Medical and sanitary report of the native army of Bengal for the year
Year: 1877
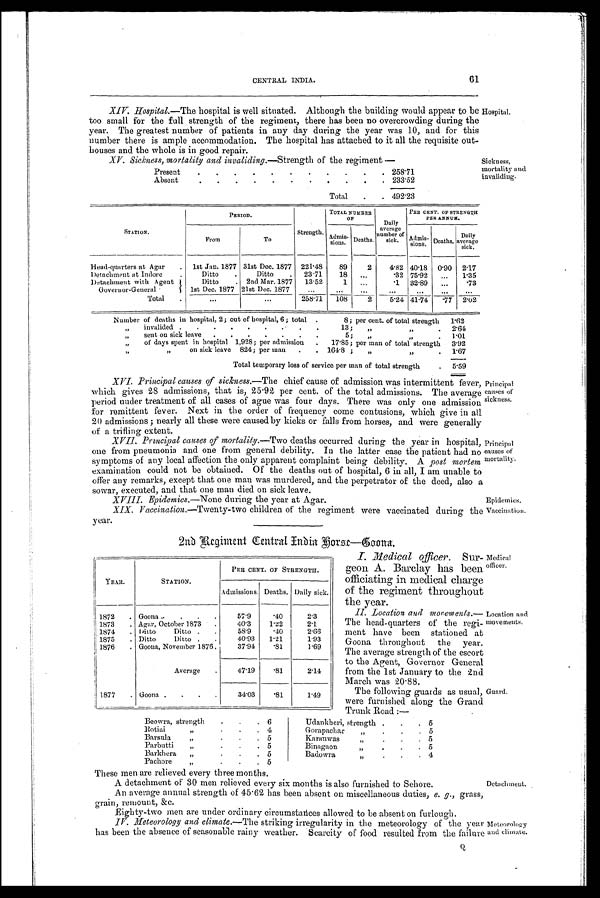
61
CENTRAL INDIA.
XIV.Hospital.— The hospital is well situated. Although the building would appear to be
too small for the full strength of the regiment, there has been no overcrowding during the
year. The greatest number of patients in any day during the year was 10, and for this
number there is ample accommodation. The hospital has attached to it all the requisite out-
houses and the whole is in good repair.
Hospital.
XV. Sickness, mortality and invaliding.—Strength of the regiment
Present
.
.
.
.
.
.
.
.
.
.
.
258.71
Absent
.
.
.
.
.
.
.
.
. .
.
233.52
Total
.
. 492.23
Sickness,
mortality
invaliding.
STATION.
PERIOD.
Strength.
TOTAL NUMBER
OF
Daily
average
number of
sick.
PER CENT. OF STRENGTH
PER ANNUM.
From
To
A d m i s - s i o n .
D e a t h s .
Admis-sions. Deaths,
Daily
average
sick.
Head-quarters at Agar
.
1st Jan. 1877 31st Dec. 1877 221.48
89
2
4.82 40.18
0.90
2.17
Detachment at indore
.
Ditto
Ditto
23.71
18
...
.32 75.92
...
1.35
Detachment with Agent
Ditto
2nd Mar. 1877
13.52
1
...
.1
32.89
...
.73
Governor-General
1st Dec. 1877 21st Dec, 1877
...
...
...
...
...
...
...
Total
.
. . .
..,
258.71
108
2
5.24 41.74 .77 2.02
Number of deaths in hospital, 2; out of hospital, 6; total .
8; per cent. of total strength
1.62
”
invalided .
.
.
.
•
.
.
.
.
13;
”
.
2 . 6 4
sent ou sick leave
.
.
.
.
.
.
.
5;
1.01
„
of days spent in hospital 1,928; per admission
.
17.85; per man of total strength
3.92
”
„
on sick leave 824; per man
.
. 164.8 ;
„
,,
.
1.67
Total temporary loss of service per man of total strength
.
5.59
XVI. Principal causes of sickness.— The chief cause of admission was intermittent fever,
which gives 28 admissions, that is, 25.92 per cent. of the total admissions. The average
period under treatment of all cases of ague was four days. There was only one admission
for remittent fever. Next in the order of' frequency come contusions, which give in all
20 admissions; nearly all these were caused by kicks or falls from horses, and were generally
of a trifling extent.
XVII. Principal causes of mortality.—Two deaths occurred during the year in hospital,
one from pneumonia and one from general debility. In the latter case the patient had no
symptoms of any local affection the only apparent complaint being debility. A post mortem
examination could not be obtained. Of the deaths out of hospital, 6 in all, I am unable to
offer any remarks, except that one man was murdered, and the perpetrator of the deed, also a
sowar, executed, and that one man died on sick leave.
X V I I I . E p i d e m i c s . — N o n e d u r i n g t h e y e a r a t A g a r .
XIX. Vaccination.—Twenty-two children of the regiment were vaccinated during the
year.
Principal
causes of
sickness.
Principal
causes of
mortality.
Epidemics.
Vaccination.
2nd Regi ment Cent r al I nui a Hor s e —Goona.
YEAR.
STATION.
PER, CENT. OF STRENGTH.
Admissions. Deaths. Daily sick.
1872
. Goona .
.
.
.
57.9
. 4 0
2.3
1873
. Agar, October 1873
.
40.3
1.22
2.1
1874
. Ditto
Ditto .
.
58.9
.40
2.66
1875
. Ditto
Ditto .
.
40.93
1.21
1.93
1876
. Goona, November 1876 .
37.94
.81
1.69
Average
.
47.19
.81
2.14
1877
. Goona .
.
.
.
34.03
.81
1 . 4 9
I. Medical officer. Sur-
geon A. Barclay has been
officiating in medical charge
of the regiment throughout
the year.
II.
Location and movments.—
The head-quarters of the regi-
ment have been stationed at
Goona throughout the year.
The average strength of the escort
to the Agent, Governor General
from the 1st January to the 2nd
March was 20.88.
The following guards as usual,
were furnished along the Grand
Trunk Road :—
Medical
officer.
Location and
movements.
Guard.
Beowra, strength
.
.
. 6
Udankheri, strength .
.
.
5
R o t i a i
”
.
.
. 4
Gorapachar ”
.
.
. 5
Barsula
,,
.
.
. 5
Karanwas
„
.
.
.
5
Parbutti
„
.
.
. 5
Bi nagaon
”
.
.
.
5
Barkhera
,,
•
.
.
5
Badowra
”
.
.
. 4
Pachore
„
.
.
. 5
These men are relieved every three months.
A detachment of 30 men relieved every six months is also furnished to Sehore.
An average annual strength of 45.62 has been absent on miscellaneous duties, e. g., grass,
grain, remount, &c.
Eighty-two men are under ordinary circumstances allowed to be absent on furlough.
IV. Meteorology and climate.— The striking irregularity in the meteorology of the year
has been the absence of seasonable rainy weather. Scarcity of food resulted from the failure
Detachment.
MeteoroLogy
and climate,